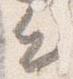
出